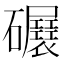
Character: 𥗷